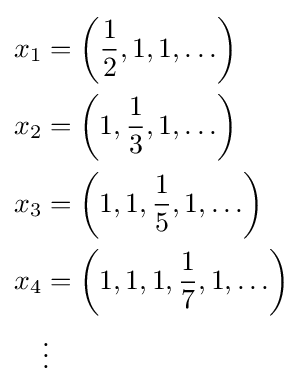
{\begin{aligned}x_{1}&=\left({\frac {1}{2}},1,1,\ldots \right)\\x_{2}&=\left(1,{\frac {1}{3}},1,\ldots \right)\\x_{3}&=\left(1,1,{\frac {1}{5}},1,\ldots \right)\\x_{4}&=\left(1,1,1,{\frac {1}{7}},1,\ldots \right)\\&\vdots \end{aligned}}